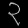
Digit: ၃